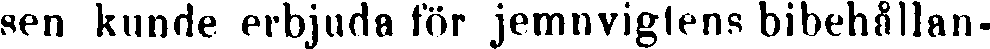
sen kunde erbjuda för jemnviglens bibehållan-